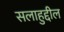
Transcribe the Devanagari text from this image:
सलाहुद्दील